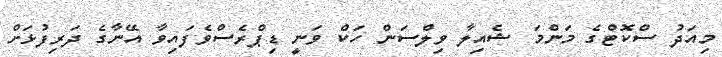
މިއަދު ސްކޮޓްގެ މަންމަ ޝެއިލާ ވިލްސަން ހަކް ވަނީ ޑިޕްރެސްވެފައިވާ އޭނާގެ ދަރިފުޅަށް